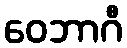
ဝေဘာဂီ